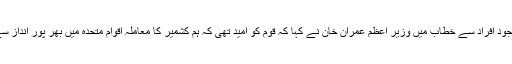
ایئرپورٹ پر موجود افراد سے خطاب میں وزیر اعظم عمران خان نے کہا کہ قوم کو امید تھی کہ ہم کشمیر کا معاملہ اقوام متحدہ میں بھر پور انداز سے سامنے لائیں۔